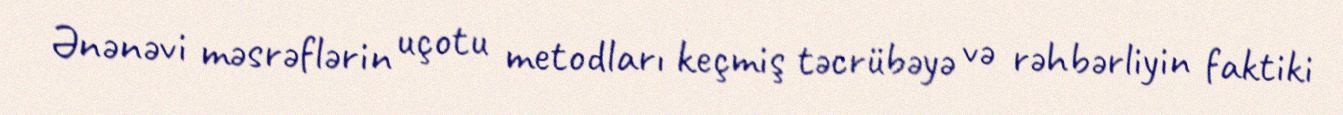
Ənənəvi məsrəflərin uçotu metodları keçmiş təcrübəyə və rəhbərliyin faktiki